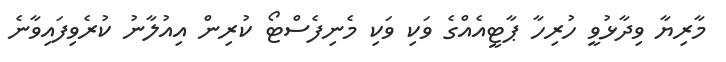
މާރިޔާ ވިދާޅުވީ ހުރިހާ ޕާޓީއެއްގެ ވަކި ވަކި މެނިފެސްޓޯ ކުރިން އިއުލާނު ކުރެވިފައިވާނެ